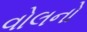
વોલનો